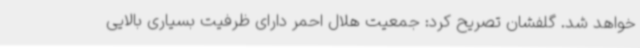
خواهد شد. گلفشان تصریح کرد: جمعیت هلال احمر دارای ظرفیت بسیاری بالایی